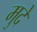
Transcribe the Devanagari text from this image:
मुदे